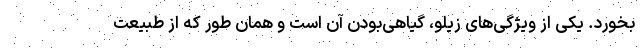
بخورد. یکی از ویژگی‌های زیلو، گیاهی‌بودن آن است و همان طور که از طبیعت